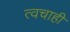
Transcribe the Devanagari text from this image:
त्वचाही